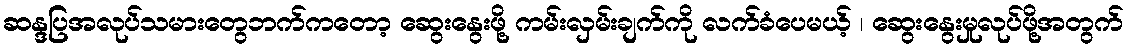
ဆန္ဒပြအလုပ်သမားတွေဘက်ကတော့ ဆွေးနွေးဖို့ ကမ်းလှမ်းချက်ကို လက်ခံပေမယ့် ၊ ဆွေးနွေးမှုလုပ်ဖို့အတွက်